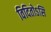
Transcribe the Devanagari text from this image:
विदितोऽसि